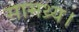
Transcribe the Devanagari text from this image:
सामथ्र्य।